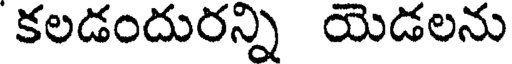
కలడందురన్ని యెడలను